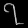
Digit: ၇